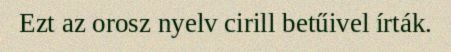
Ezt az orosz nyelv cirill betűivel írták.